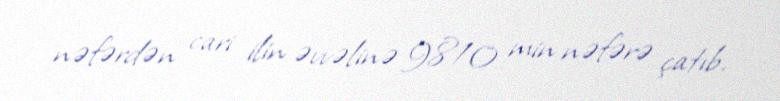
nəfərdən cari ilin əvvəlinə 9810 min nəfərə çatıb.